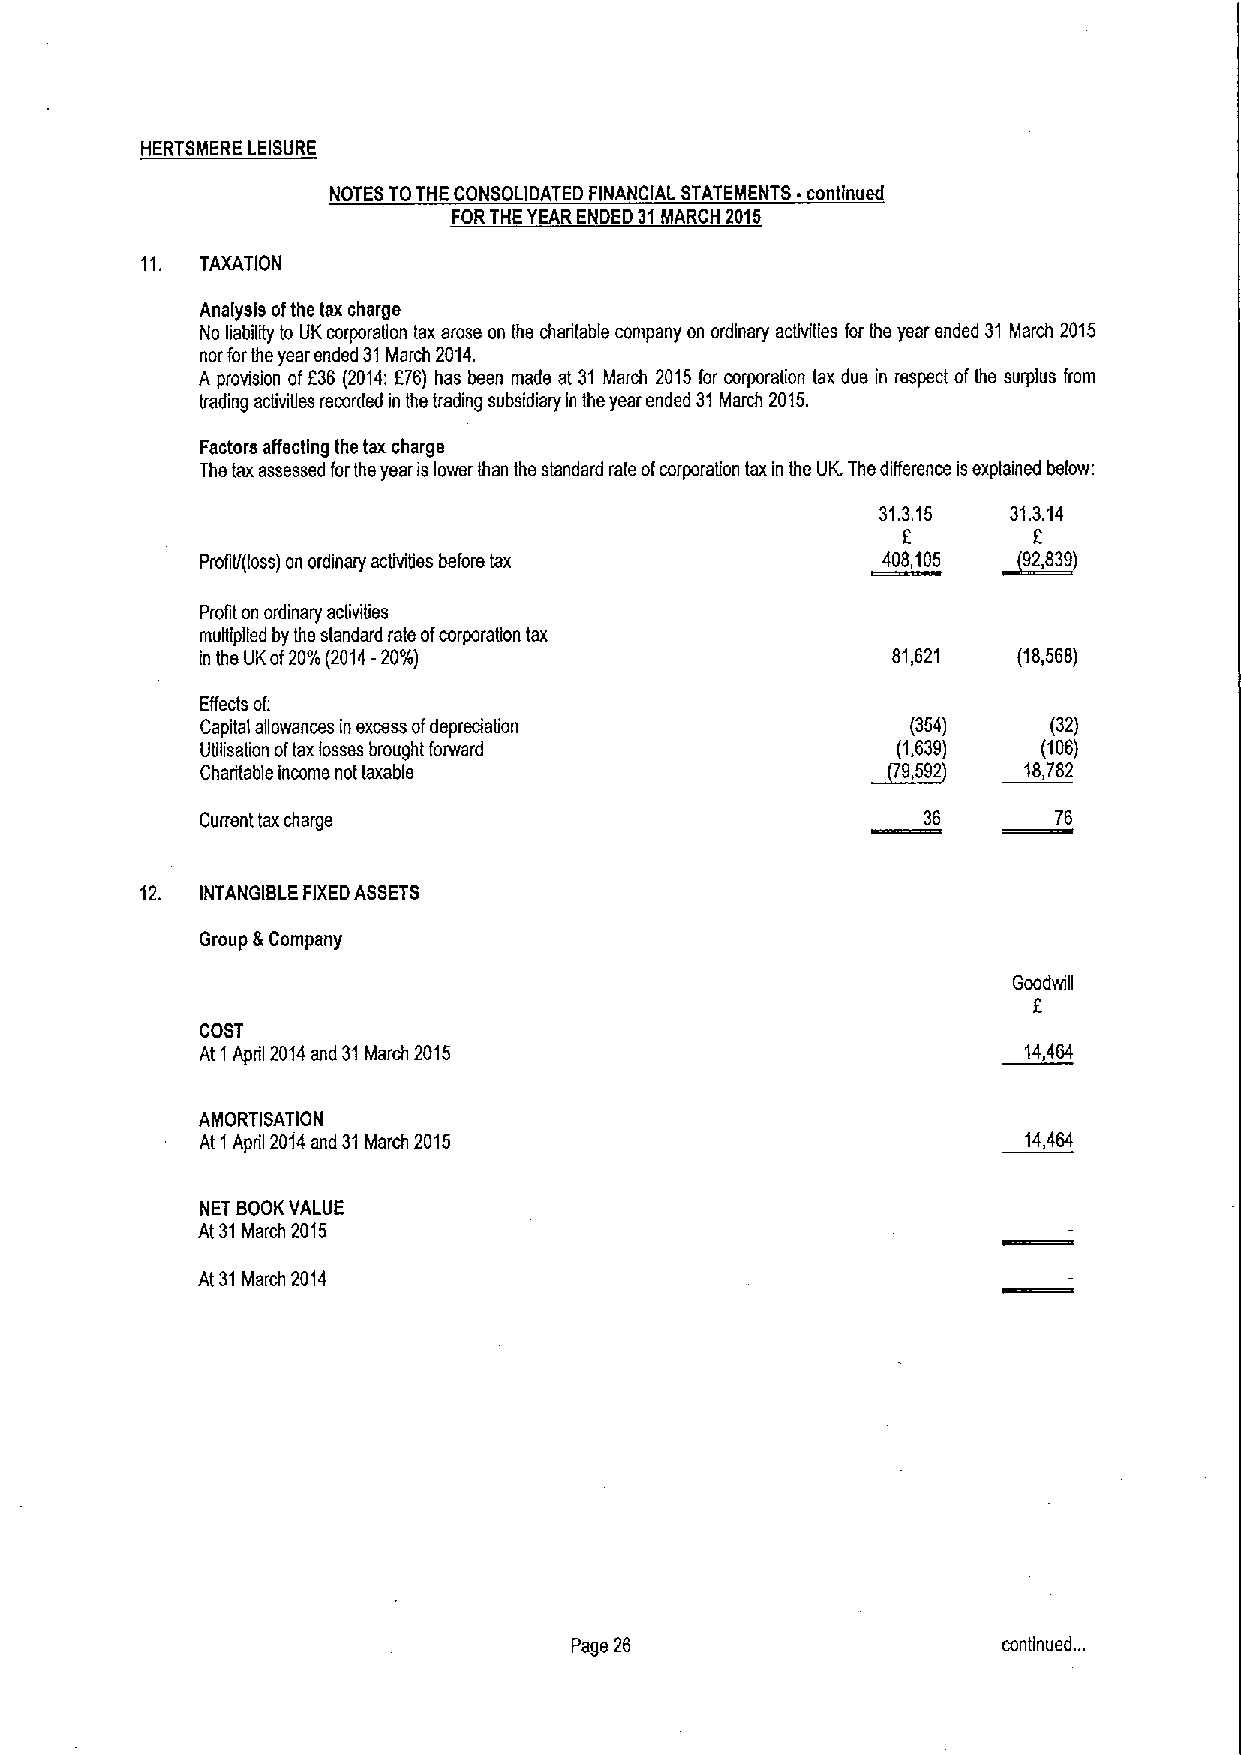
HERTSMERE LEISURE
 NOTES TOTHE CONSOLIDATED FINANCIAL STATEMENTS continued
 FORTHEYEARENDED 31MARCH 2015
 11. TAXATION
 Analysis ofthe tax charge
 No liability to UKcorporation tax arose on the charitable company on ordinary acfivities for ths year ended 31 March 2015
 nor forthe year ended 31March 2014.
 A provision of636 (2014:f76) has been made at 31 March 2015for corporation tax due in respect ofthe surplus from
 trading activities recorded in ths trading subsidiary in the year ended 31March 2015.
 Factors affectin the tax charge
 The tax assessed forths year islower than the standard rate ofcorporation tax in ths UIC The difference isexplained below:
 31.3.15  31.3.14
 6       E
 Profit/(loss) on ordinary activities before tax 408,105 ~92,839)
 Profit on ordinary acfiviTies
 multipfied by the standard rats ofcorporation tax
 in the UKof20%(2014-20M)                      81,621  (18,568)
 Effects of:
 Capital allowances in excess ofdeprecfalion    (354)     (32)
 Ufilisation oftaxlosses brought forward       (1,639)   (106)
 ~9,
 Charitable income not taxable                   592    18,782
 Current taxcharge                               36       76
 12. INTANGIBLE FIXEDASSETS
 Group &Company
 Goodwill
 2
 COST
 At 1April 2014and 31March 2015                         14,464
 AMORTISATION
 At 1April 2014and 31March 2015                         14,464
 NET BOOKVALUE
 At 31March 2015
 At 31March 2014
 Page 26                     continued. ..